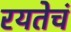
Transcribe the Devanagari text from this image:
रयतेचं